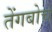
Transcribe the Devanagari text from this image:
तेंगबोचे